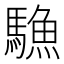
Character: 𩥭